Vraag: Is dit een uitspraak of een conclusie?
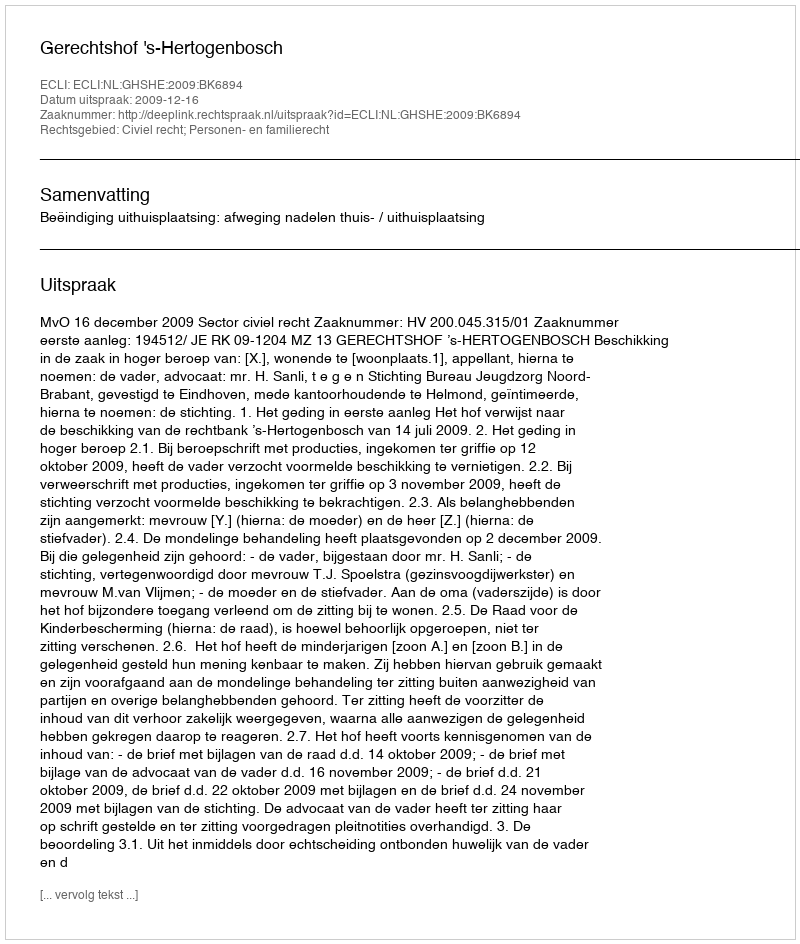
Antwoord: Uitspraak